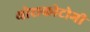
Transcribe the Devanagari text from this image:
थोराकोटोमी